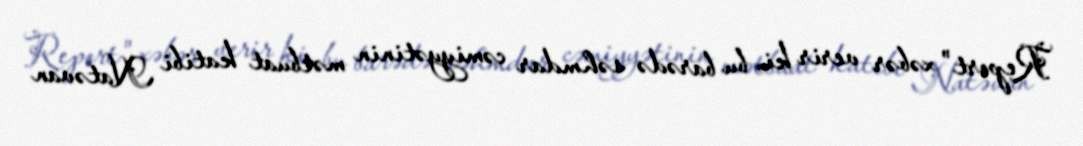
Report" xəbər verir ki, bu barədə səhmdar cəmiyyətinin mətbuat katibi Natəvan